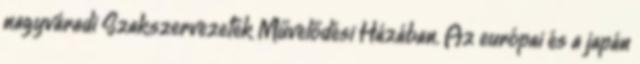
nagyváradi Szakszervezetek Művelődési Házában. Az európai és a japán